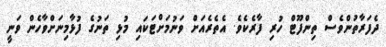
ދެފަރާތުންވެސް ތިންފޫޓް ހުރި ފާރެކެވެ. އެތެރެއަށް ވަނުމަށްޓަކައި މުޅި ތަނުގެ ފުޅާމިނަށްވާހެން ވަނީ